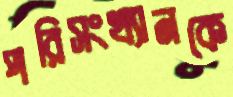
পরিসংখ্যানকে